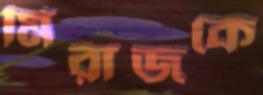
মিরাজকে